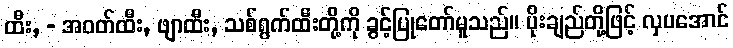
ထီး, - အဝတ်ထီး, ဖျာထီး, သစ်ရွက်ထီးတို့ကို ခွင့်ပြုတော်မူသည်။ ပိုးချည်တို့ဖြင့် လှပအောင်